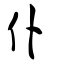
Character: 仆